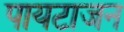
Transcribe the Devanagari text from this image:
पायटाजन